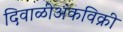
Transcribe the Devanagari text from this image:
दिवाळीअंकविक्री